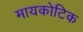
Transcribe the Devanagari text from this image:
मायकोटिक